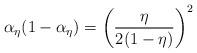
LaTeX: \begin{align*}\alpha_{\eta}(1-\alpha_{\eta})=\left(\frac{{\eta}}{2(1-{\eta})}\right)^2\end{align*}